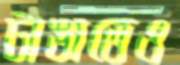
টাঙাতেও